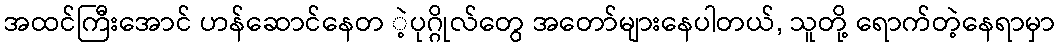
အထင်ကြီးအောင် ဟန်ဆောင်နေတ ဲ့ပုဂ္ဂိုလ်တွေ အတော်များနေပါတယ်, သူတို့ ရောက်တဲ့နေရာမှာ